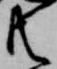
共